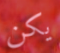
يكن